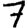
Digit: 7